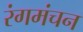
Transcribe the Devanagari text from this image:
रंगमंचन